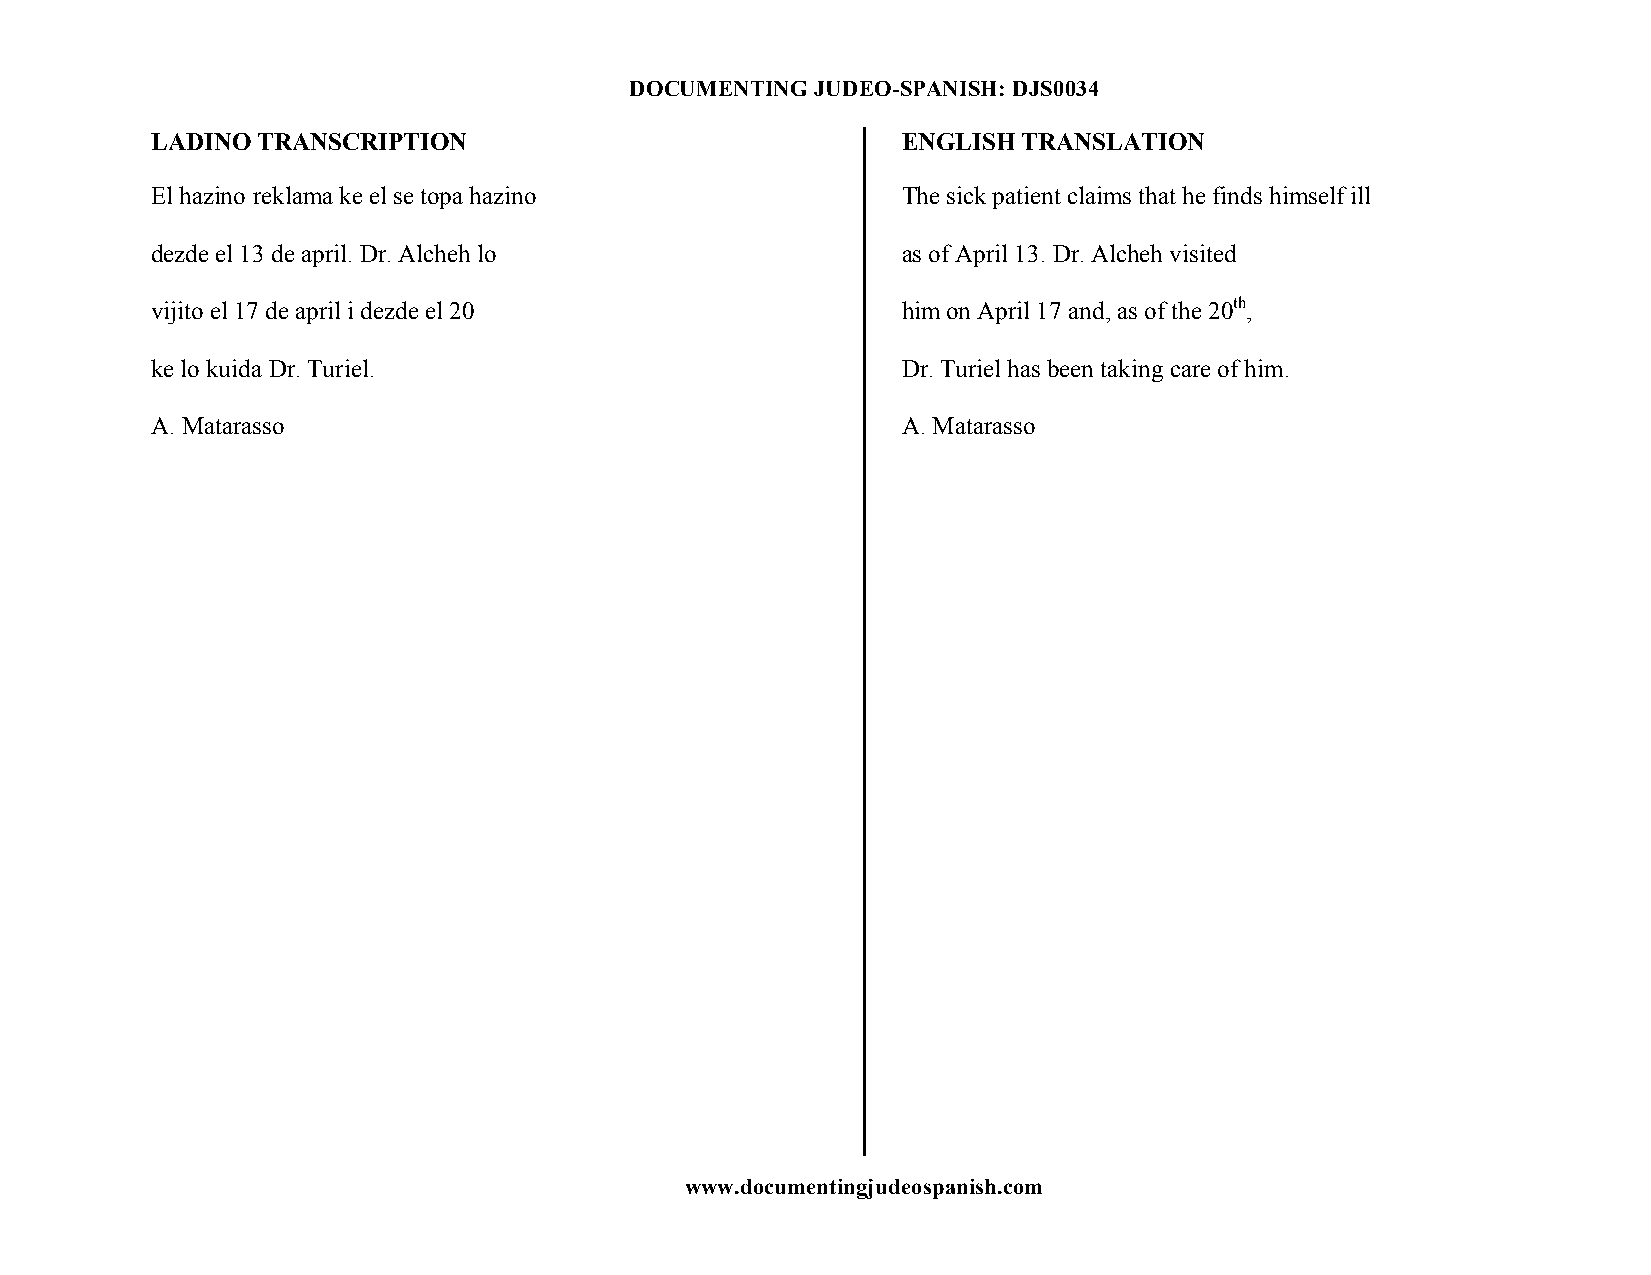
DOCUMENTING JUDEO-SPANISH: DJS0034
 LADINO TRANSCRIPTION                              ENGLISH TRANSLATION
 El hazino reklama ke el se topa hazino            The sick patient claims that he finds himself ill
 dezde el 13 de april. Dr. Alcheh lo               as of April 13. Dr. Alcheh visited
 vijito el 17 de april i dezde el 20               him on April 17 and, as of the 20th,
 ke lo kuida Dr. Turiel.                           Dr. Turiel has been taking care of him.
 A. Matarasso                                      A. Matarasso
 www.documentingjudeospanish.com